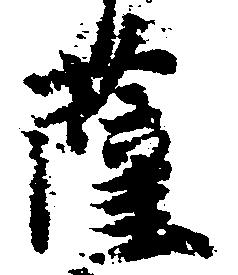
薩